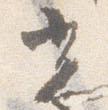
光